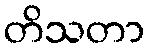
တိသတာ